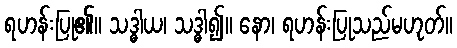
ရဟန်းပြု၏။ သဒ္ဓါယ၊ သဒ္ဓါ၍။ နော၊ ရဟန်းပြုသည်မဟုတ်။